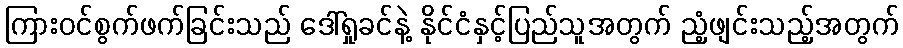
ကြားဝင်စွက်ဖက်ခြင်းသည် ဒေါ်ရှုခင်နဲ့ နိုင်ငံနှင့်ပြည်သူအတွက် ညံ့ဖျင်းသည့်အတွက်